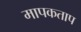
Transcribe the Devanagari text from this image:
मापकताप